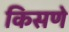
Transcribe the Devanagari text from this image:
किसणे